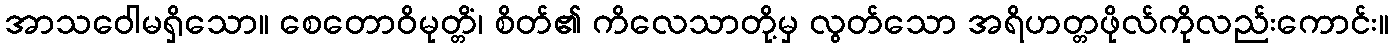
အာသဝေါမရှိသော။ စေတောဝိမုတ္တိံ၊ စိတ်၏ ကိလေသာတို့မှ လွတ်သော အရိဟတ္တဖိုလ်ကိုလည်းကောင်း။